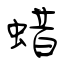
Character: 蜡